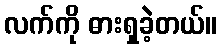
လက်ကို ဓားရှခဲ့တယ်။